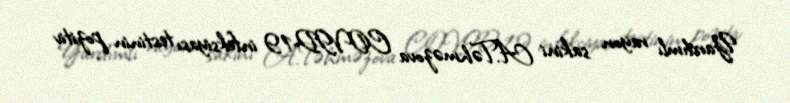
Yardımlı rayon sakini A.Təhməzova COVID-19 infeksiyası testinin pozitiv